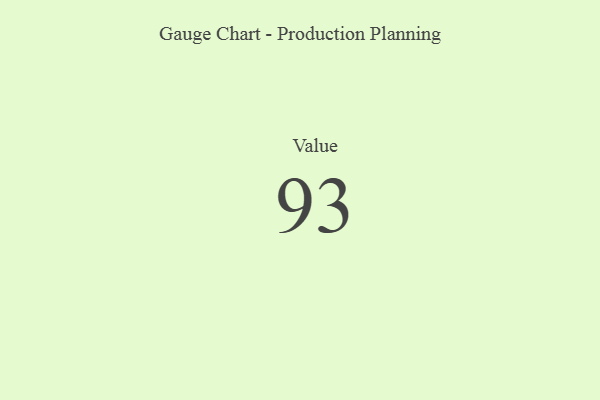
{"axis": {"x": "Metric", "y": "Value"}, "legend": [""], "data": [{"x": "Value", "y": 93, "type": ""}]}